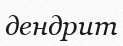
дендрит